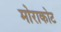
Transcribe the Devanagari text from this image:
मोराकोट